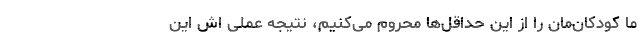
ما کودکا‌ن‌مان را از این حداقل‌ها محروم می‌کنیم، نتیجه عملی اش این